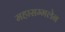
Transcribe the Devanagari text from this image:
महासम्मलेन